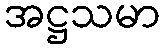
အဋ္ဌသမာ